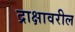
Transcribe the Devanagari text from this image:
द्राक्षावरील